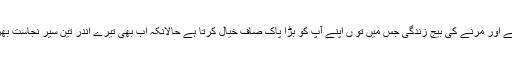
مٹی میں کیڑوں کی خوراک بن جائے گاوہی پیدا ہونے اور مرنے کی بیج زندگی جس میں تو ں اپنے آپ کو بڑا پاک صاف خیال کرتا ہے حالانکہ اب بھی تیرے اندر تین سیر نجاست بھری ہوئی ہے اوراکڑتا یوں پھرتا ہے میں کون ہوں ؟